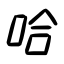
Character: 哈